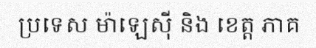
ប្រទេស ម៉ាឡេស៊ី និង ខេត្ត ភាគ